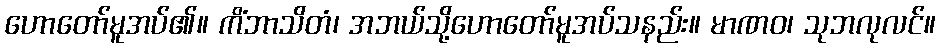
ဟောတော်မူအပ်၏။ ကိံဘာသိတံ၊ အဘယ်သို့ဟောတော်မူအပ်သနည်း။ မာဏဝ၊ သုဘလုလင်။